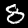
Label: 8